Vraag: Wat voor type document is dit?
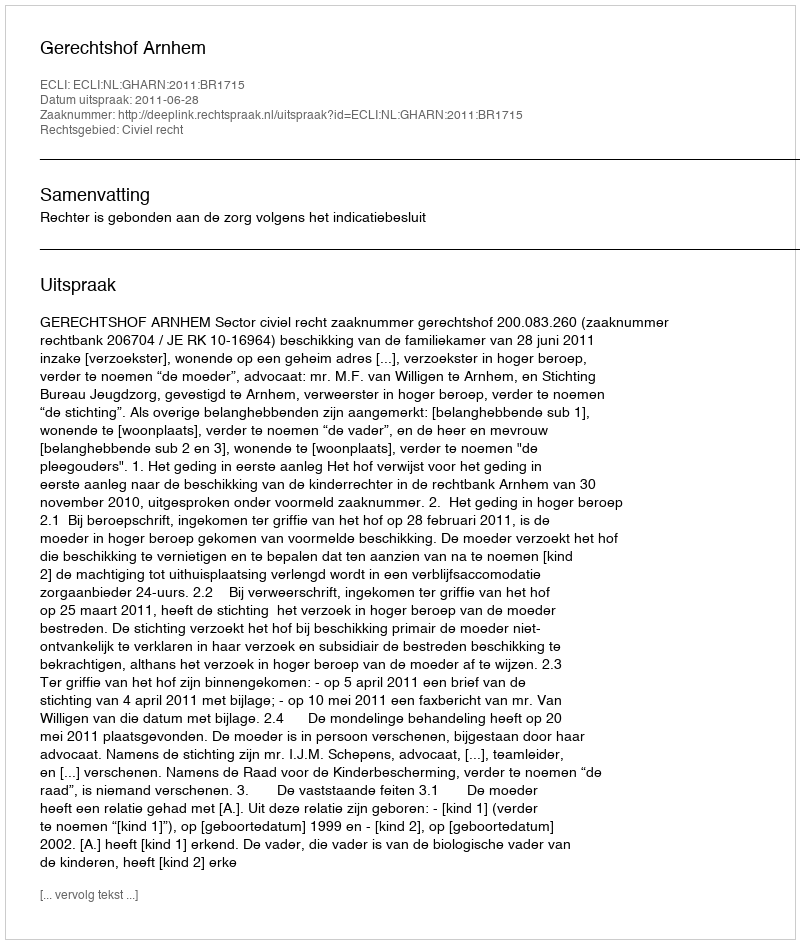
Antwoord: Uitspraak